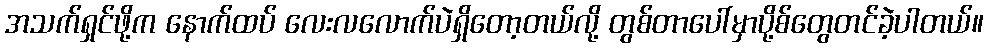
အသက်ရှင်ဖို့က နောက်ထပ် လေးလလောက်ပဲရှိတော့တယ်လို့ တွစ်တာပေါ်မှာပို့စ်တွေတင်ခဲ့ပါတယ်။